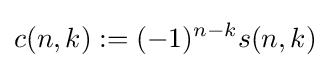
c(n,k):=(-1)^{n-k}s(n,k)